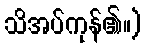
သိအပ်ကုန်၏။)